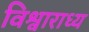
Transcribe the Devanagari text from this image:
विश्वाराध्य